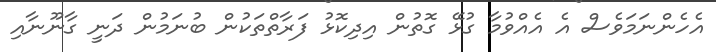
އެހެންނަމަވެސް އެ އެއްވުމާ ގުޅޭ ގޮތުން އިދިކޮޅު ފަރާތްތަކުން ބުނަމުން ދަނީ ގާނޫނާއި